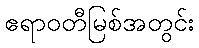
ဧရာဝတီမြစ်အတွင်း